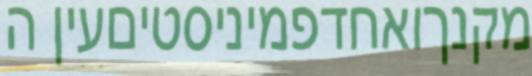
מקנךואחדפמיניסטיםעין ה